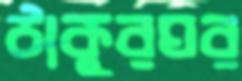
ঠাকুরঘর